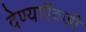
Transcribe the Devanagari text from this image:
देण्याऍवजी